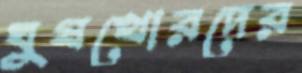
ঘুষখোরদের